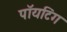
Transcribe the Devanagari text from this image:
पॉयटिंग